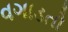
વગાડતો